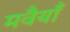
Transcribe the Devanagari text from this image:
मवैयाँ